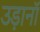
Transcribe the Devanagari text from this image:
उड़ानॉ